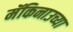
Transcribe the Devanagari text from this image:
मॅकिनाउच्या